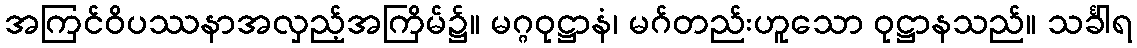
အကြင်ဝိပဿနာအလှည့်အကြိမ်၌။ မဂ္ဂဝုဋ္ဌာနံ၊ မဂ်တည်းဟူသော ဝုဋ္ဌာနသည်။ သင်္ခါရ